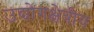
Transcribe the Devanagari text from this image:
उद्योगक्षेत्रीय